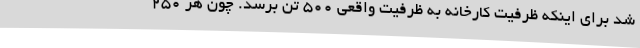
شد برای اینکه ظرفیت کارخانه به ظرفیت واقعی ۵۰۰ تن برسد. چون هر ۲۵۰